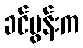
ခင်ပွန်းက